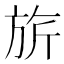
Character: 旂